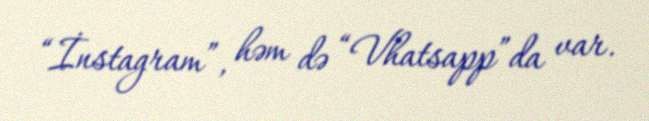
“İnstagram”, həm də “Vhatsapp”da var.